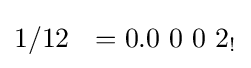
1/12\ \ =0.0\ 0\ 0\ 2_{!}